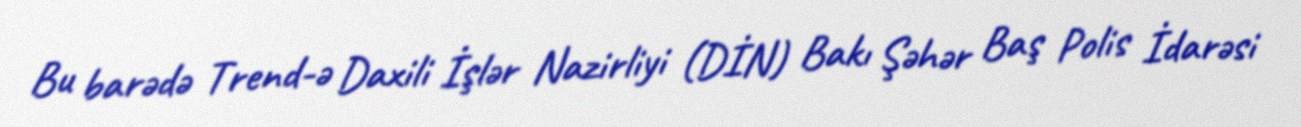
Bu barədə Trend-ə Daxili İşlər Nazirliyi (DİN) Bakı Şəhər Baş Polis İdarəsi